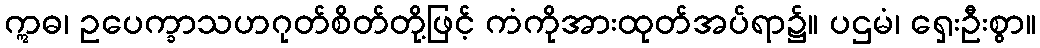
ဣဓ၊ ဥပေက္ခာသဟဂုတ်စိတ်တို့ဖြင့် ကံကိုအားထုတ်အပ်ရာ၌။ ပဌမံ၊ ရှေးဦးစွာ။